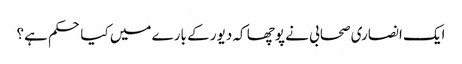
ایک انصاری صحابی نے پوچھا کہ دیور کے بارے میں کیا حکم ہے؟